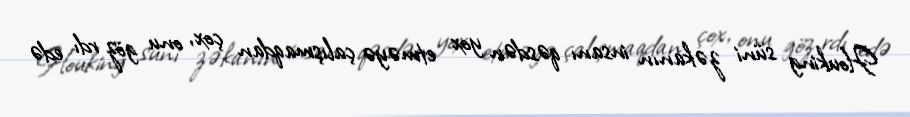
Houking süni zəkanın insanı qəsdən yox etməyə çalışmaqdan çox, onu göz rdı edə